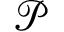
\mathcal { P }